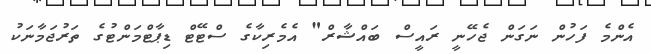
އެންމެ ފަހުން ނަގަން ޖެހޭނީ ރައީސް ބައްޝާރް" އެމެރިކާގެ ސްޓޭޓް ޑިޕާޓްމަންޓުގެ ތަރުޖަމާނަކު